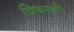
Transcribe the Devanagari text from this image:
विफरनो